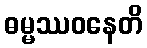
ဓမ္မဿဝနေတိ